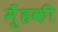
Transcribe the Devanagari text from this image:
मुँहकी